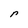
Character: r